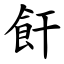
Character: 飦